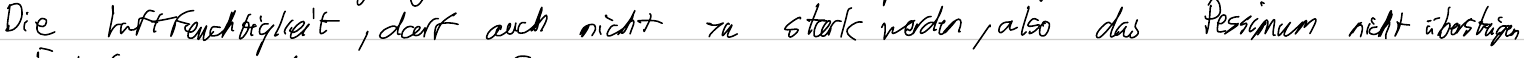
Die Luftfeuchtigkeit, darf auch nicht zu stark werden, also das Pessimum nicht übersteigen